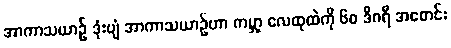
အာကာသယာဉ် ဒုံးပျံ အာကာသယာဉ်ဟာ ကမ္ဘာ့ လေထုထဲကို ၆၀ ဒီဂရီ အစောင်း